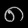
Digit: ၈